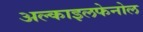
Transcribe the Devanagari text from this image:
अल्काइलफेनोल